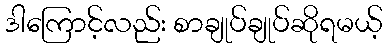
ဒါကြောင့်လည်း စာချုပ်ချုပ်ဆိုရမယ့်